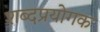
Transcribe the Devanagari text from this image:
शब्दप्रयोगक